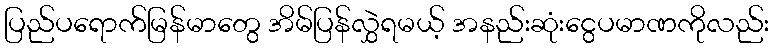
ပြည်ပရောက်မြန်မာတွေ အိမ်ပြန်လွှဲရမယ့် အနည်းဆုံးငွေပမာဏကိုလည်း